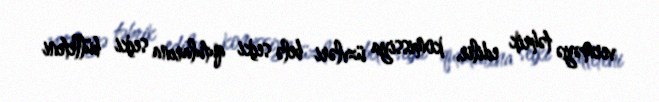
verməyə təhrik edilir, komissiya üzvləri belə seçki qutularına seçki bülleteni